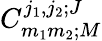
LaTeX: C_{m_{1}m_{2};M}^{j_{1},j_{2};J}